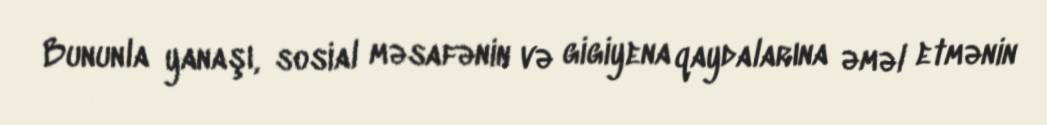
Bununla yanaşı, sosial məsafənin və gigiyena qaydalarına əməl etmənin